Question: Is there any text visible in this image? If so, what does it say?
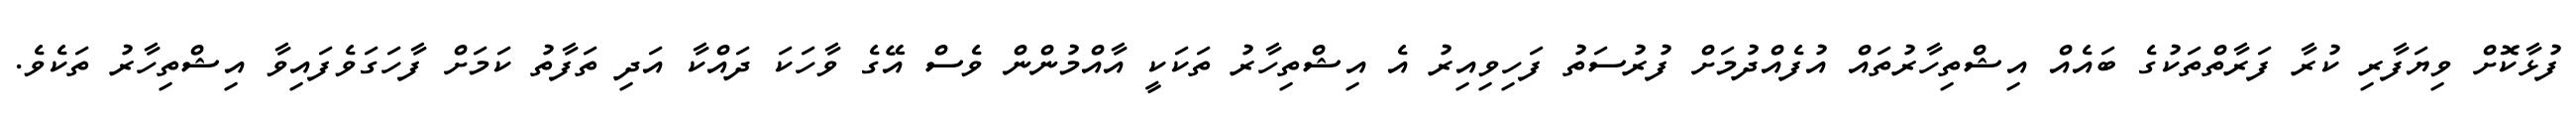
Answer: ފުޅާކޮށް ވިޔަފާރި ކުރާ ފަރާތްތަކުގެ ބައެއް އިޝްތިހާރުތައް އުފެއްދުމަށް ފުރުސަތު ފަހިވިއިރު އެ އިޝްތިހާރު ތަކަކީ އާއްމުންން ވެސް އޭގެ ވާހަކަ ދައްކާ އަދި ތަފާތު ކަމަށް ފާހަގަވެފައިވާ އިޝްތިހާރު ތަކެވެ.